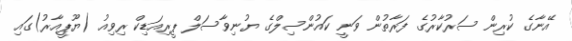
އޭނާގެ ކުރިން ސަރުކާރުގެ ފަރާތުން ވަނީ ކައުންސިލްގެ ޔުނިވާސަލް ޕީރިއަޑިކް ރިވިއު (ޔޫޕީއާރު)ގައި